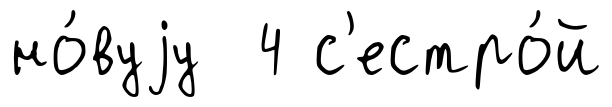
но́вуjу 4 с'естро́й